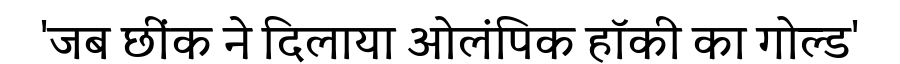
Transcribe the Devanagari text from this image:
'जब छींक ने दिलाया ओलंपिक हॉकी का गोल्ड'